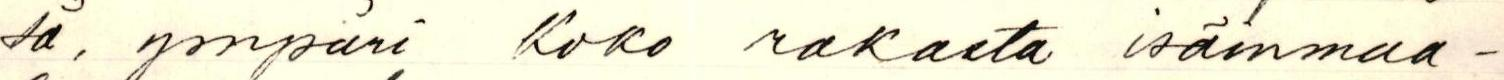
sä, ympäri koko rakasta isänmaa-